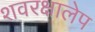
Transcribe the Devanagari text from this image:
शवरक्षालेप